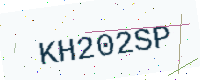
Text: KH202SP